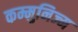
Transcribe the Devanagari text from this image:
कम्मुनिज्म